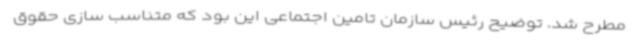
مطرح شد. توضیح رئیس سازمان تامین اجتماعی این بود که متناسب سازی حقوق